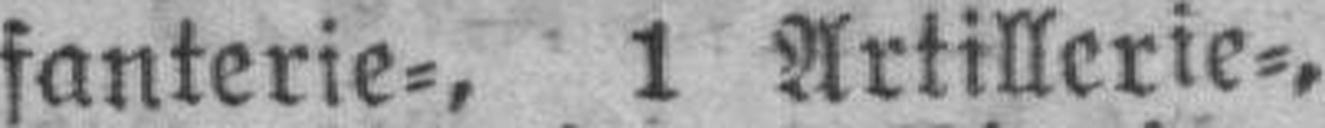
fanterie=, 1 Artillerie=,